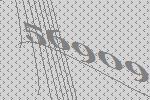
56909